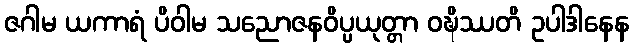
ဇဂါမ ယကာရံ ပိဝါမ သညောဇနဝိပ္ပယုတ္တာ ဝဍ္ဎိဿတိ ဥပါဒါနေန